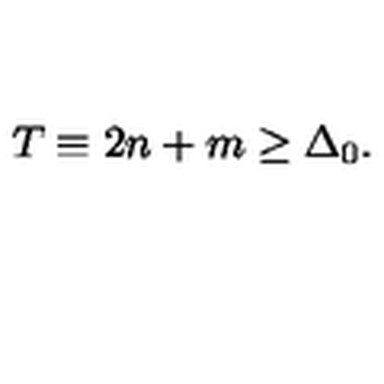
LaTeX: T \equiv 2 n + m \geq \Delta _ { 0 } .